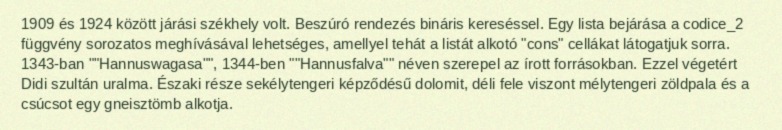
1909 és 1924 között járási székhely volt. Beszúró rendezés bináris kereséssel. Egy lista bejárása a codice_2 függvény sorozatos meghívásával lehetséges, amellyel tehát a listát alkotó "cons" cellákat látogatjuk sorra. 1343-ban ""Hannuswagasa"", 1344-ben ""Hannusfalva"" néven szerepel az írott forrásokban. Ezzel végetért Didi szultán uralma. Északi része sekélytengeri képződésű dolomit, déli fele viszont mélytengeri zöldpala és a csúcsot egy gneisztömb alkotja.